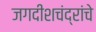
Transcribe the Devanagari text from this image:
जगदीशचंद्रांचे